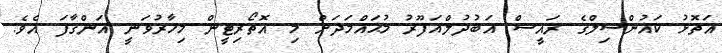
އަތޮޅު ކައުންސިލްގެ ރައީސް އަބުދުލްޣަފޫރު މުޙައްމަދަށް މި އޮތޯރިޓީން މިހާރުވަނީ އަންގާފަ އެވެ.